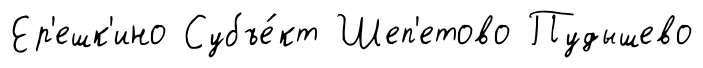
Ер'ешк'ино Субъе́кт Шеп'етово Пудышево